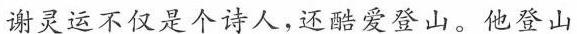
谢灵运不仅是个诗人，还酷爱登山。他登山